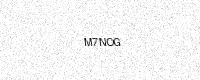
Text: M7NOG